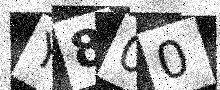
Text: Y800